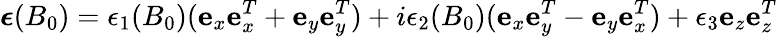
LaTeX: \boldsymbol{\epsilon}(B_{0})=\epsilon_{1}(B_{0})({\mathbf e}_{x}{\mathbf e}_{x}^{T}+{\mathbf e}_{y}{\mathbf e}_{y}^{T})+i\epsilon_{2}(B_{0})({\mathbf e}_{x}{\mathbf e}_{y}^{T}-{\mathbf e}_{y}{\mathbf e}_{x}^{T})+\epsilon_{3}{\mathbf e}_{z}{\mathbf e}_{z}^{T}